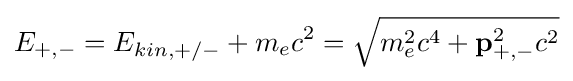
E_{+,-}=E_{kin,+/-}+m_{e}c^{2}={\sqrt {m_{e}^{2}c^{4}+\mathbf {p} _{+,-}^{2}c^{2}}}